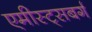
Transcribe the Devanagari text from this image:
एमीस्ट्सबर्ग